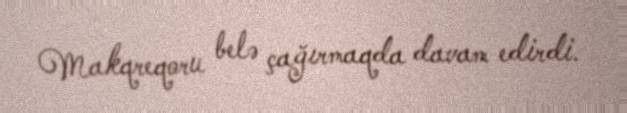
Makqreqoru belə çağırmaqda davam edirdi.